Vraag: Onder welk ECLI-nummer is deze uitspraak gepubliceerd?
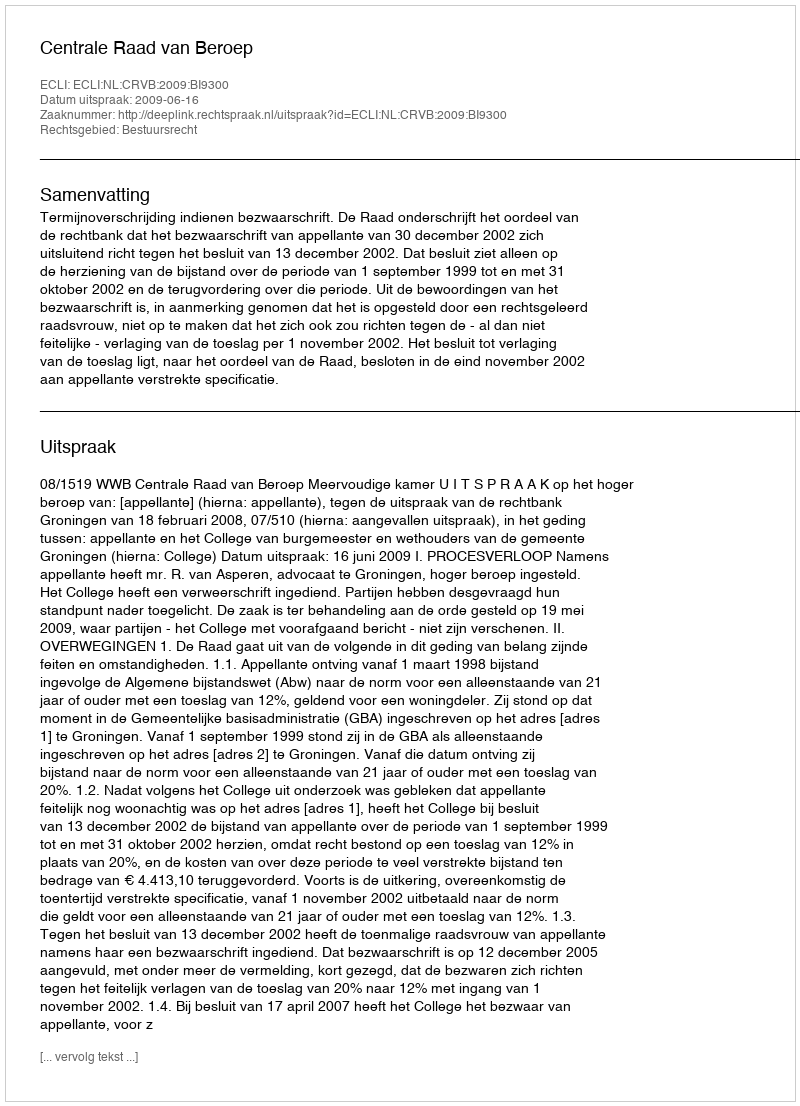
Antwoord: ECLI:NL:CRVB:2009:BI9300